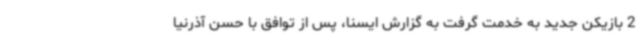
2 بازیکن جدید به خدمت گرفت به گزارش ایسنا، پس از توافق با حسن آذرنیا